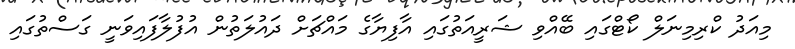
މިއަދު ކްރިމިނަލް ކޯޓްގައި ބޭއްވި ޝަރީއަތުގައި އާފިޔާގެ މައްޗަށް ދައުލަތުން އުފުލާފައިވަނީ ގަސްތުގައި